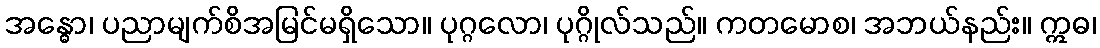
အန္ဓော၊ ပညာမျက်စိအမြင်မရှိသော။ ပုဂ္ဂလော၊ ပုဂ္ဂိုလ်သည်။ ကတမောစ၊ အဘယ်နည်း။ ဣဓ၊